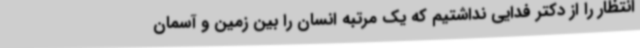
انتظار را از دکتر فدایی نداشتیم که یک مرتبه انسان را بین زمین و آسمان